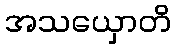
အသယှောတိ